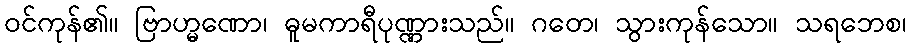
ဝင်ကုန်၏။ ဗြာဟ္မဏော၊ ဓူမကာရီပုဏ္ဏားသည်။ ဂတေ၊ သွားကုန်သော။ သရဘေစ၊